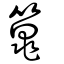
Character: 篼